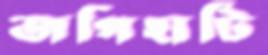
জগিহাটি